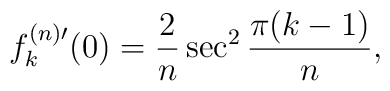
f_k^{(n)\prime}(0)=\frac{2}{n}\sec^2\frac{\pi (k-1)}{n},